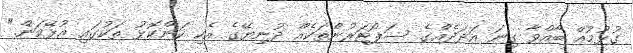
ގުޅުމުއް ބާއްވާ ގިނަ އަދަދެއްގެ ސަޕޯޓަރުންތަކެއް ދުނިޔޭގެ އެކި ކަންކޮޅު ތަކުގައި އުޅޭކަން."